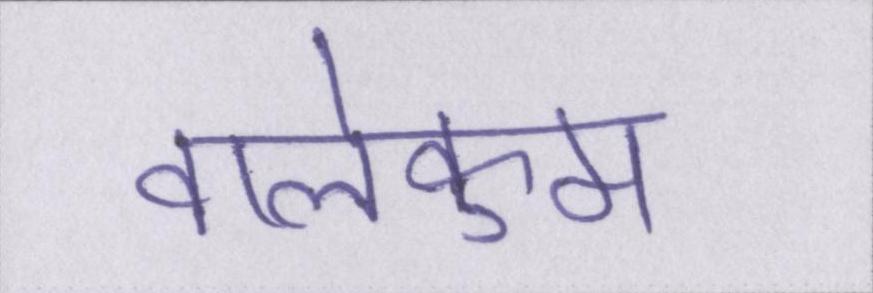
वालेकुम